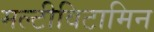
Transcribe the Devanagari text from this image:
मल्टीविटामिन